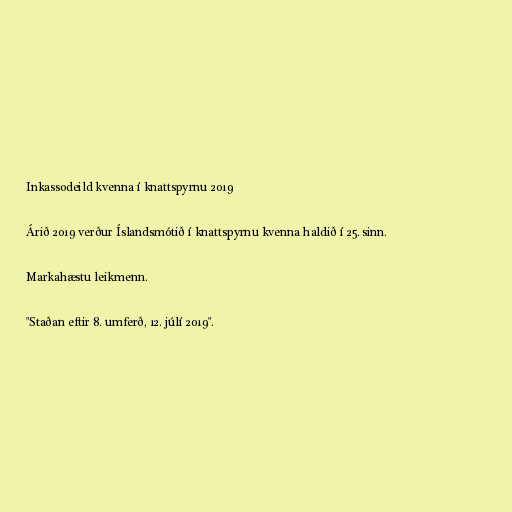
Inkassodeild kvenna í knattspyrnu 2019

Árið 2019 verður Íslandsmótið í knattspyrnu kvenna haldið í 25. sinn.

Markahæstu leikmenn.

"Staðan eftir 8. umferð, 12. júlí 2019".